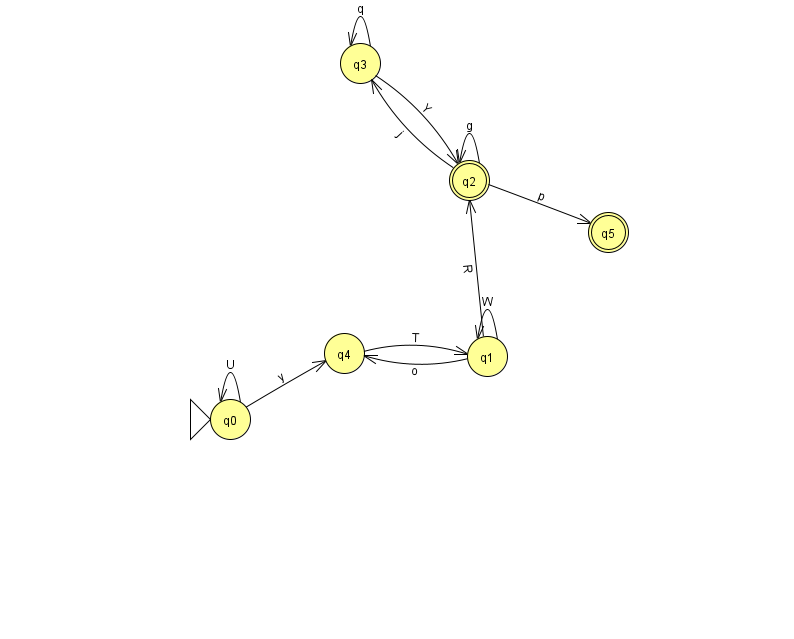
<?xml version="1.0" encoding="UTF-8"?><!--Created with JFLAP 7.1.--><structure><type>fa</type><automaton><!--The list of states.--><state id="0" name="q0"><x>230.0</x><y>406.0</y><initial/></state><state id="1" name="q1"><x>487.0</x><y>343.0</y></state><state id="2" name="q2"><x>469.0</x><y>167.0</y><final/></state><state id="3" name="q3"><x>360.0</x><y>50.0</y></state><state id="4" name="q4"><x>344.0</x><y>340.0</y></state><state id="5" name="q5"><x>608.0</x><y>219.0</y><final/></state><!--The list of transitions.--><transition><from>1</from><to>4</to><read>o</read></transition><transition><from>3</from><to>3</to><read>q</read></transition><transition><from>1</from><to>2</to><read>R</read></transition><transition><from>2</from><to>5</to><read>p</read></transition><transition><from>0</from><to>0</to><read>U</read></transition><transition><from>1</from><to>1</to><read>W</read></transition><transition><from>2</from><to>2</to><read>g</read></transition><transition><from>3</from><to>2</to><read>Y</read></transition><transition><from>2</from><to>3</to><read>j</read></transition><transition><from>4</from><to>1</to><read>T</read></transition><transition><from>0</from><to>4</to><read>y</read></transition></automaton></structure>